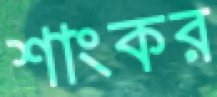
শাংকর